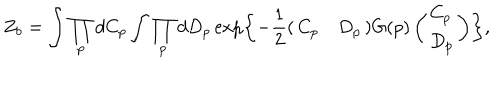
Z _ { b } = \int \prod _ { p } d C _ { p } \int \prod _ { p } d D _ { p } \exp \left\{ - \frac { 1 } { 2 } ( \begin{array} { l l } { { C _ { p } } } & { { D _ { p } } } \\ \end{array} ) G ( p ) \left( \begin{array} { l } { { C _ { p } } } \\ { { D _ { p } } } \\ \end{array} \right) \right\} ,